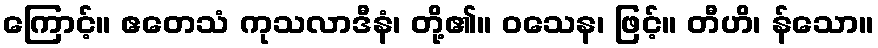
ကြောင့်။ ဧတေသံ ကုသလာဒီနံ၊ တို့၏။ ဝသေန၊ ဖြင့်။ တီဟိ၊ န်သော။